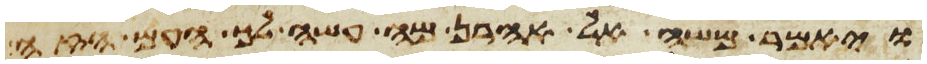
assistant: ויאמר משה אל אהרן מה עשה לך העם הזה